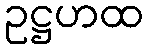
ဥဋ္ဌဟထ